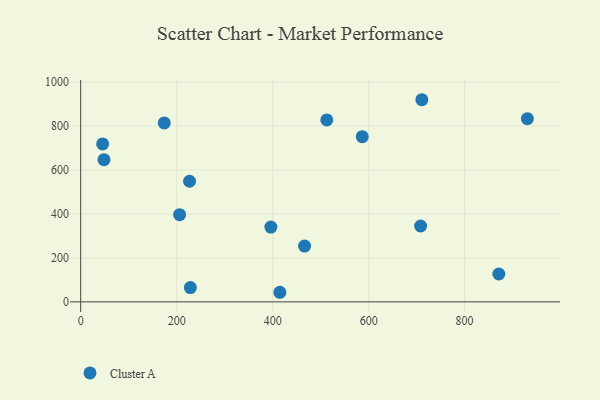
{"axis": {"x": "Study Hours", "y": "Profit"}, "legend": ["Cluster A"], "data": [{"x": "396.3", "y": 340.2, "type": "Cluster A"}, {"x": "228.5", "y": 65.0, "type": "Cluster A"}, {"x": "206.1", "y": 396.7, "type": "Cluster A"}, {"x": "871.3", "y": 126.8, "type": "Cluster A"}, {"x": "174.1", "y": 814.1, "type": "Cluster A"}, {"x": "930.8", "y": 833.3, "type": "Cluster A"}, {"x": "466.5", "y": 254.0, "type": "Cluster A"}, {"x": "710.9", "y": 919.6, "type": "Cluster A"}, {"x": "708.3", "y": 345.1, "type": "Cluster A"}, {"x": "226.8", "y": 548.6, "type": "Cluster A"}, {"x": "45.7", "y": 718.6, "type": "Cluster A"}, {"x": "512.8", "y": 827.5, "type": "Cluster A"}, {"x": "48.5", "y": 646.8, "type": "Cluster A"}, {"x": "586.7", "y": 751.4, "type": "Cluster A"}, {"x": "415.0", "y": 43.6, "type": "Cluster A"}]}